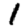
Digit: 1